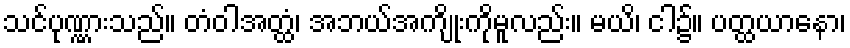
သင်ပုဏ္ဏားသည်။ တံဝါအတ္ထံ၊ အဘယ်အကျိုးကိုမူလည်း။ မယိ၊ ငါ၌။ ပတ္ထယာနော၊